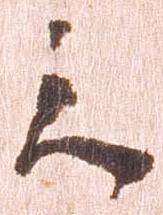
之